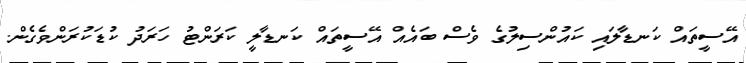
އޭސީތައް ކަނޑާލައި ކައުންސިލުގެ ވެސް ބައެއް އޭސީތައް ކަނޑާލީ ކަރަންޓު ހަރަދު ކުޑަކުރަންވެގެން.